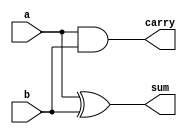
`timescale 1ns / 1ps

module half_adder(
	input a,b,
	output sum,carry
	);
    assign sum=a^b;
    assign carry=a&b;
endmodule


module vedic_mul_2_2(
    input [1:0] a,b,
	output [3:0] out
	 );
wire [3:0] w;

    and m1(out[0],a[0],b[0]);
    and m2(w[0],a[0],b[1]);
    and m3(w[1],a[1],b[0]);
    and m4(w[2],a[1],b[1]);
    
    half_adder ha1(w[0],w[1],out[1],w[3]);
    half_adder ha2(w[3],w[2],out[2],out[3]);
    
endmodule


module adder_4bit(
		input [3:0] x,y,
		output [3:0] z
		);
    assign z=x+y;
endmodule


module adder_6bit(
		input [5:0] x,y,
		output [5:0] z
		);
    assign z=x+y;
endmodule


module vedic_mul_4_4(
	input [3:0] a,b,
	output [7:0] out
    );
    
    wire [3:0] w3,w2,w1,w0,w;
    wire [5:0] w4;
	 
    vedic_mul_2_2 m1(b[3:2],a[3:2],w3[3:0]);
    vedic_mul_2_2 m2(b[3:2],a[1:0],w2[3:0]);
    vedic_mul_2_2 m3(b[1:0],a[3:2],w1[3:0]);
    vedic_mul_2_2 m4(b[1:0],a[1:0],w0[3:0]);
    
    adder_6bit m5({w3[3:0],2'b00},{2'b00,w2[3:0]},w4);
    
    adder_4bit m6(w1[3:0],{2'b00,w0[3:2]},w);
    
    adder_6bit m7(w4,{2'b00,w[3:0]},out[7:2]);
    
    assign out[1:0]=w0[1:0];
    
endmodule